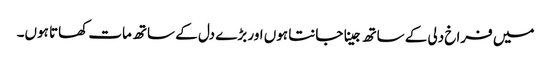
میں فراخ دلی کے ساتھ جینا جانتا ہوں اور بڑے دل کے ساتھ مات کھاتا ہوں۔